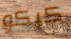
كيكو